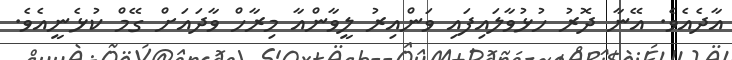
އާދެއެވެ. އޭނާ ދޮރު ހުޅުވާލައިފައި ވަންއިރު ލީވާންއާ މިރާހް ވާދައަށް ގޭމް ކުޅެނީއެވެ.